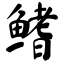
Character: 鳍